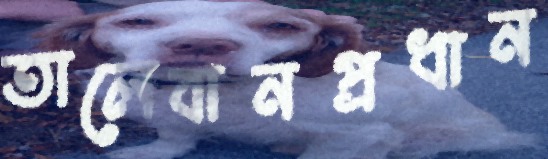
তালেবানপ্রধান